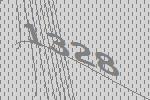
1328